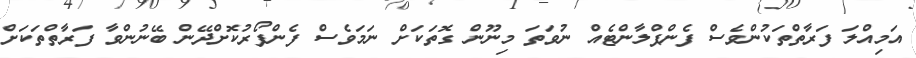
އަމިއްލަ ފަރާތްތަކުންވެސް ފެންޕްލާންޓެއް ނުވަތަ މިނޫން ގޮތަކަށް ނަމަވެސް ފެންފޯރުކޮށްދޭން ބޭނުންވާ ފަރާތްތަކަށް